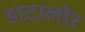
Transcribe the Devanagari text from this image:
डाटालोर